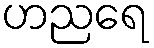
ဟညရေ